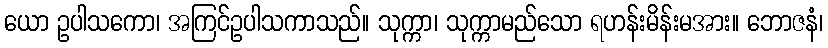
ယော ဥပါသကော၊ အကြင်ဥပါသကာသည်။ သုက္ကာ၊ သုက္ကာမည်သော ရဟန်းမိန်းမအား။ ဘောဇနံ၊